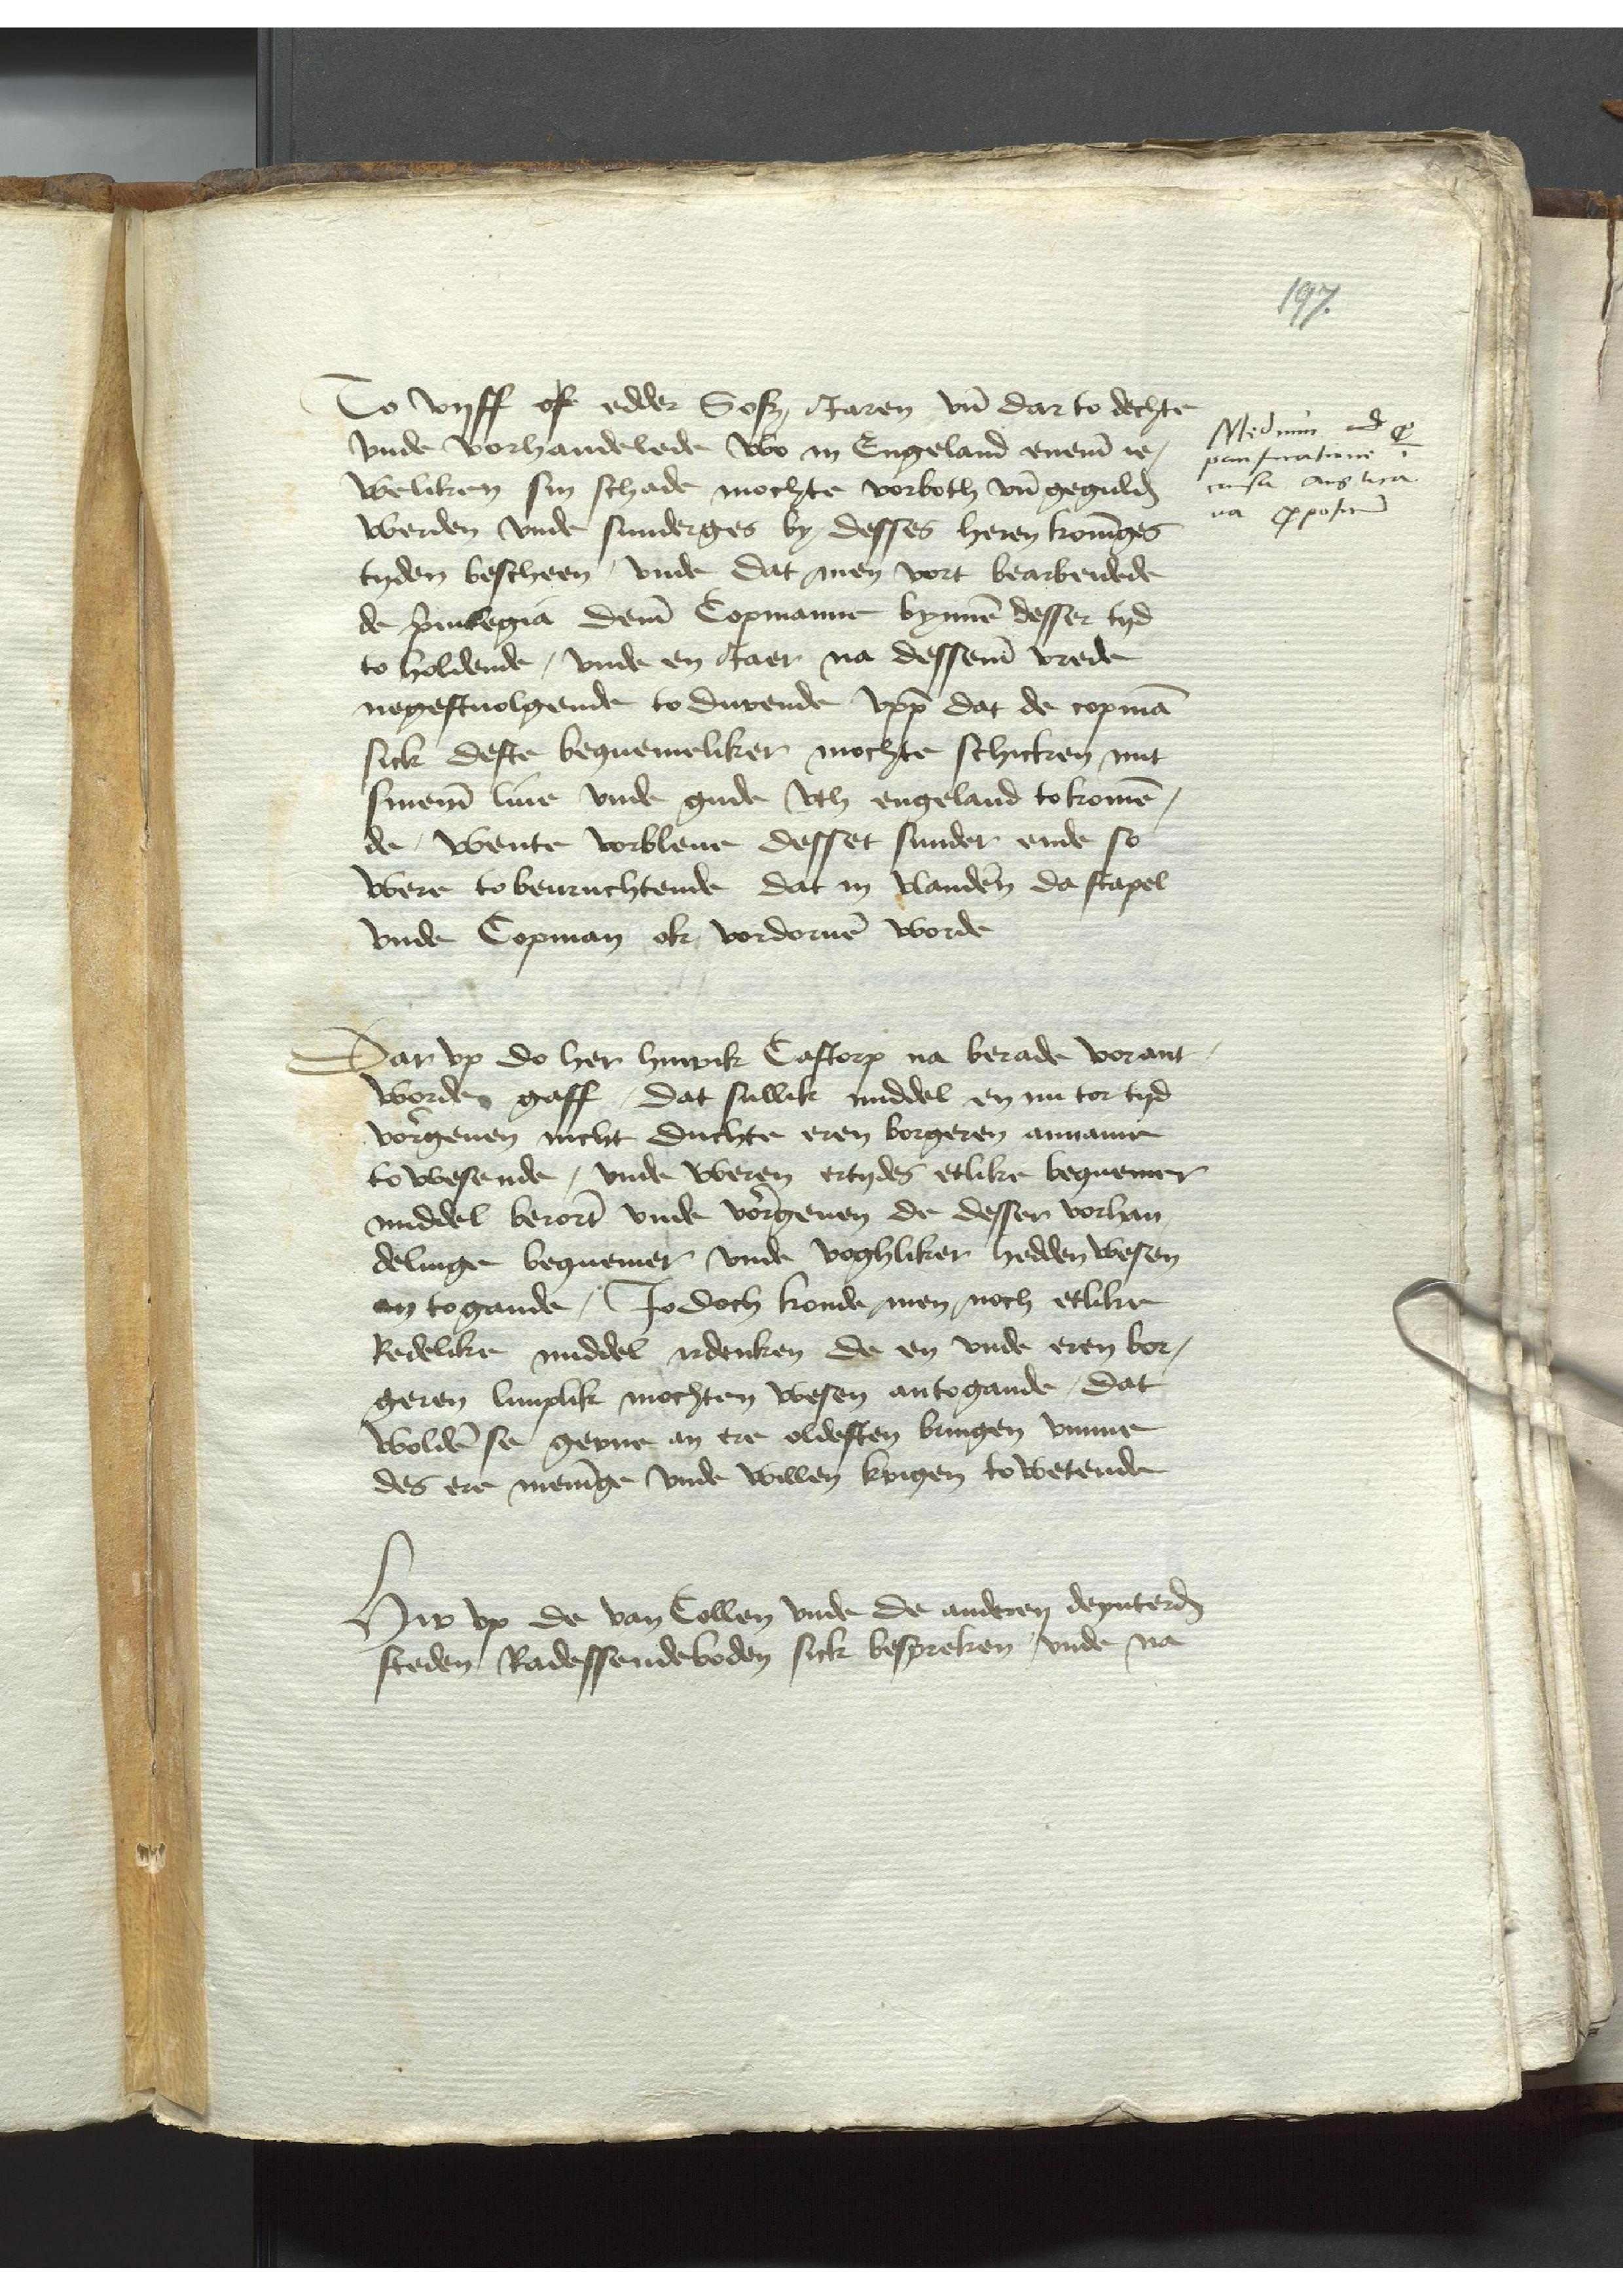
To vyff of edder Sosz Jaren, vnde dar to dechte
vnde vorhandelede wo in Engeland eneme ie¬
weliken sin schade mochte vorboth vnde gegulden
werden vnde sunderges by, desses heren koninges
tyden bescheen, vnde dat men vort bearbeidede
de priuilegia deme Copmanne bynnen desser tyd
to holdende, vnde en Jaer na desseme vrede
negeftuolgende to durende vppe dat de copman
sick deste bequemeliker mochte schicken mit
sineme liue vnde gude vth engeland tokomen¬
de, wente vorbleue desset sunder ende so¬
were to beuruchtende dat in Vlanderen da stapel
vnde Copman ok vordoruen worde
Dar vp do her Hinrik Castorp na berade vorant¬
worden gaff, dat sullik middel en nu tor tyd
vorgeuen nicht duchte eren borgeren anname
to wesende, vnde weren ertydes etlike bequemer
middel berorter vnde vorgeuen de desser vorhan¬
delinge bequemer vnde voghliker hedden wesen
an to gande, Jodoch konde men noch etlike
Redelike middel irdenken de en vnde eren bor¬
geren limplik mochten wesen antogande, dat
wolden se gerne an ere oldesten bringen vmme
des ere meninge vnde willen krigen to wetende
Hir vp de van Collen vnde de anderen deputerden
steden Radessendeboden sick bespreken vnde na

Medium id p
panfecatione
causa Anglica¬
na proposuit